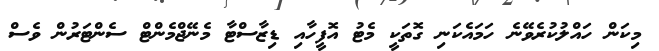
މިކަން ހައްލުކުރެވޭނެ ހަމައެކަނި ގޮތަކީ މެޓު އޮފީހާއި ޑިޒާސްޓާ މެނޭޖްމެންޓް ސެންޓަރުން ވެސް